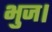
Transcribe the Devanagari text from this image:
भुज।